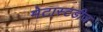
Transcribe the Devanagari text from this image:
मेटास्टडीज